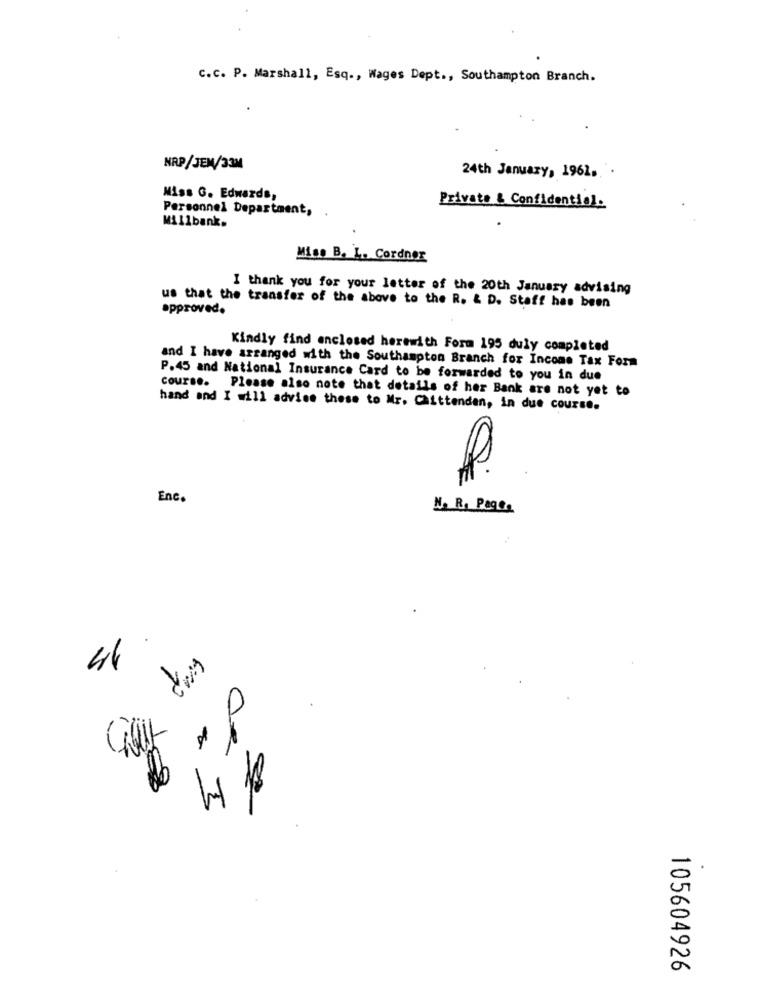
C.C. P. Marshall, Esq ., Wages Dept ., Southampton Branch.
NAP/JEM/33M
24th January, 1961. .
Miss G. Edwards,
Personnel Department,
Private & Confidential.
Millbank.
Miss B. L. Cordner
I thank you for your letter of the 20th January advising
us that the transfer of the above to the R. & D. Staff has been
approved.
Kindly find enclosed herewith Form 195 duly completed
and I have arranged with the Southampton Branch for Income Tax Form
P.45 and National Insurance Card to be forwarded to you in due
course. Please also note that details of her Bank are not yet to
hand and I will advise these to Mr. Chittenden, in due course.
Enc.
N. R. Page,
44
0
105604926